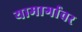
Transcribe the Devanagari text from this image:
यामार्गावर